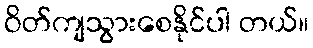
ဝိတ်ကျသွားစေနိုင်ပါ တယ်။